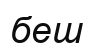
беш